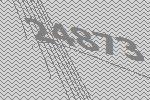
24873